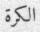
الكرة